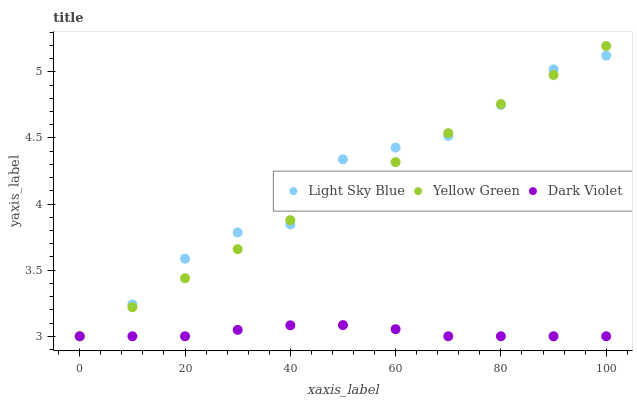
| xaxis_label | Light Sky Blue | Yellow Green | Dark Violet |
 | --- | --- | --- | --- |
 | 0 | 3 | 3 | 3 |
 | 10 | 3.24 | 3.22 | 3 |
 | 20 | 3.59 | 3.44 | 3 |
 | 30 | 3.79 | 3.66 | 3.05 |
 | 40 | 3.85 | 3.88 | 3.08 |
 | 50 | 4.34 | 4.1 | 3.08 |
 | 60 | 4.43 | 4.32 | 3.05 |
 | 70 | 4.52 | 4.54 | 3 |
 | 80 | 4.75 | 4.76 | 3 |
 | 90 | 5.02 | 4.98 | 3 |
 | 100 | 5.12 | 5.2 | 3 |